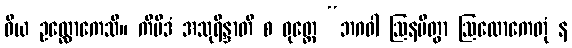
ဝိယ ဥလ္လောကေသိ။ ကိမိဒံ အသုရိန္ဒာတိ စ ဝုတ္တေ “ဘဂဝါ ဩနမိတွာ ဩလောကေတုံ န